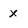
Character: X